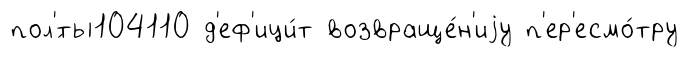
пол'́ты104110 д'еф'ици́т возвраще́н'иjу п'ер'есмо́тру